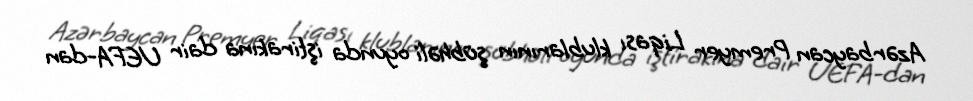
Azərbaycan Premyer Liqası klublarının şübhəli oyunda iştirakına dair UEFA-dan